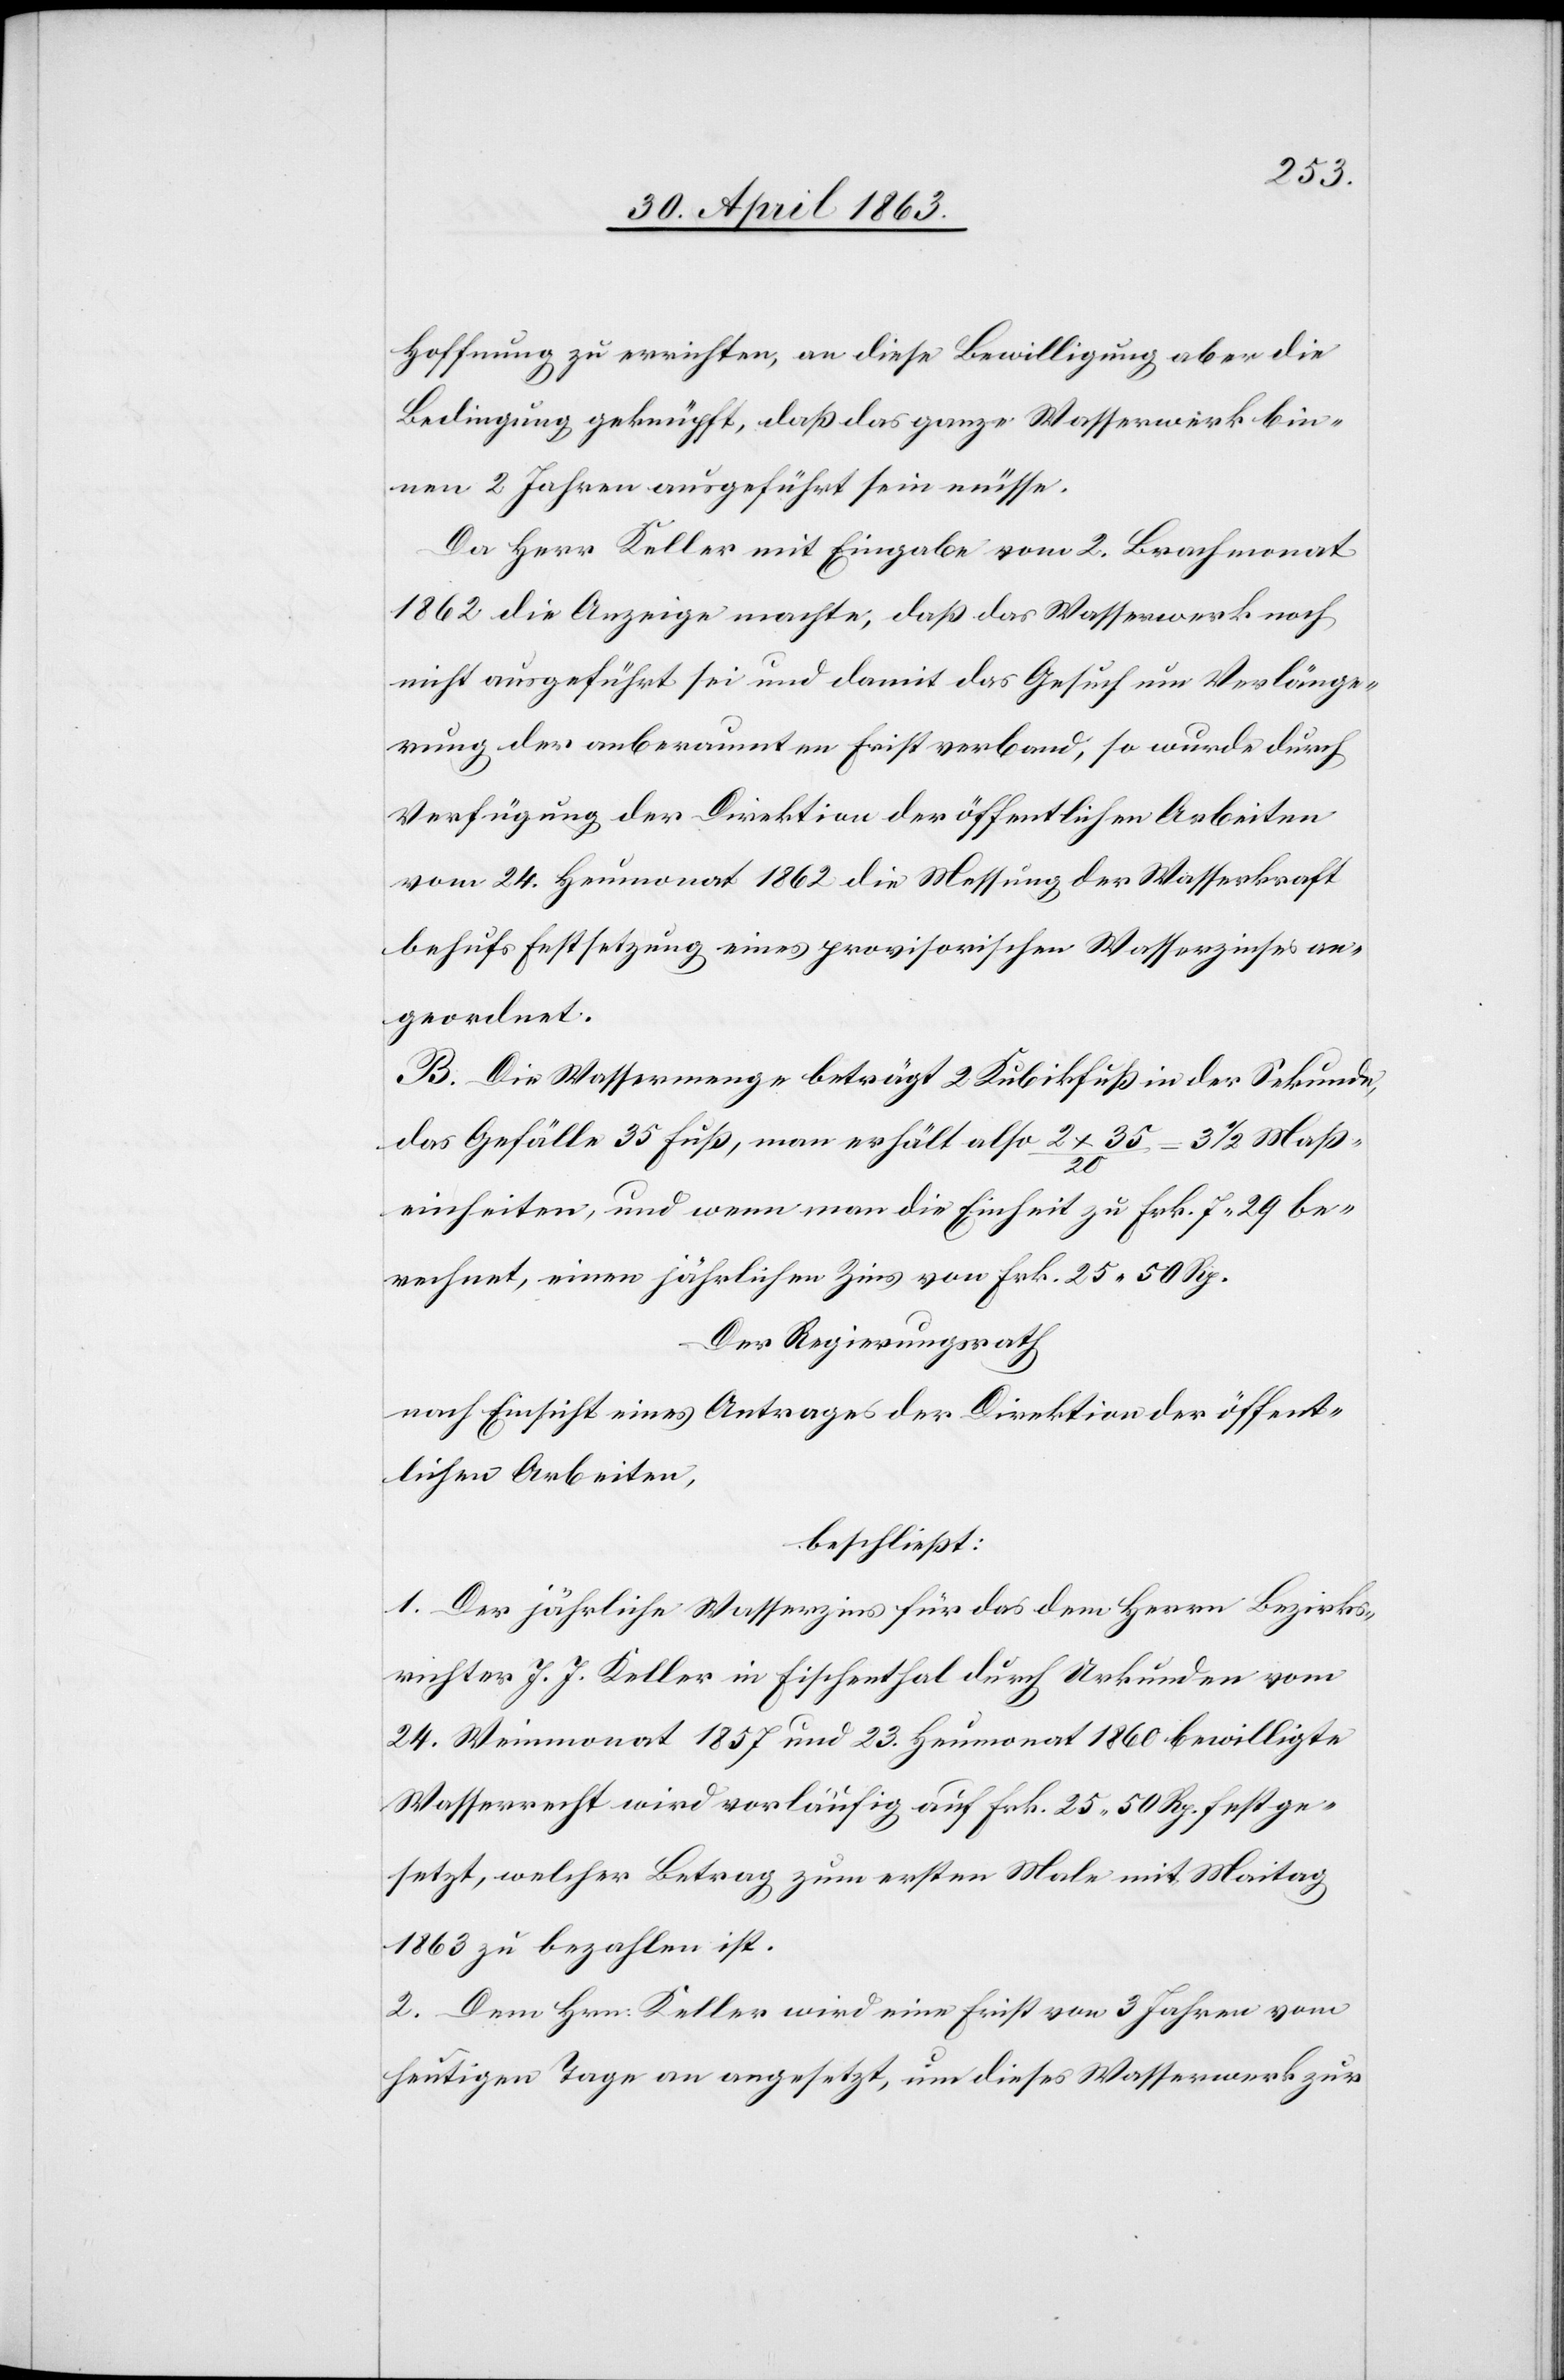
Hoffnung zu errichten, an diese Bewilligung aber die
Bedingung geknüpft, daß das ganze Wasserwerk bin¬
nen 2 Jahren ausgeführt sein müsse.
Da Herr Keller mit Eingabe vom 2. Brachmonat
1862 die Anzeige machte, daß das Wasserwerk noch
nicht ausgeführt sei und damit das Gesuch um Verlänge¬
rung der anberaumten Frist verband, so wurde durch
Verfügung der Direktion der öffentlichen Arbeiten
vom 24. Heumonat 1862 die Messung der Wasserkraft
behufs Festsetzung eines provisorischen Wasserzinses an¬
geordnet.
B. Die Wassermenge beträgt 2 Kubikfuß in der Sekunde,
das Gefälle 35 Fuß, man erhält also 2 x 35 / 20 = 3 1/2 Maß¬
einheiten, und wenn man die Einheit zu Frk. 7. 29 be¬
rechnet, einen jährlichen Zins von Frk. 25. 50 Rp.
Der Regierungsrath
nach Einsicht eines Antrages der Direktion der öffent¬
lichen Arbeiten,
beschließt:
1. Der jährliche Wasserzins für das dem Herrn Bezirks¬
richter J. J. Keller in Fischenthal durch Urkunden vom
24. Weinmonat 1857 und 23. Heumonat 1860 bewilligte
Wasserrecht wird vorläufig auf Frk. 25. 50 Rp. festge¬
setzt, welcher Betrag zum ersten Male mit Maitag
1863 zu bezahlen ist.
2. Dem Hrn. Keller wird eine Frist von 3 Jahren vom
heutigen Tage an angesetzt, um dieses Wasserwerk zur